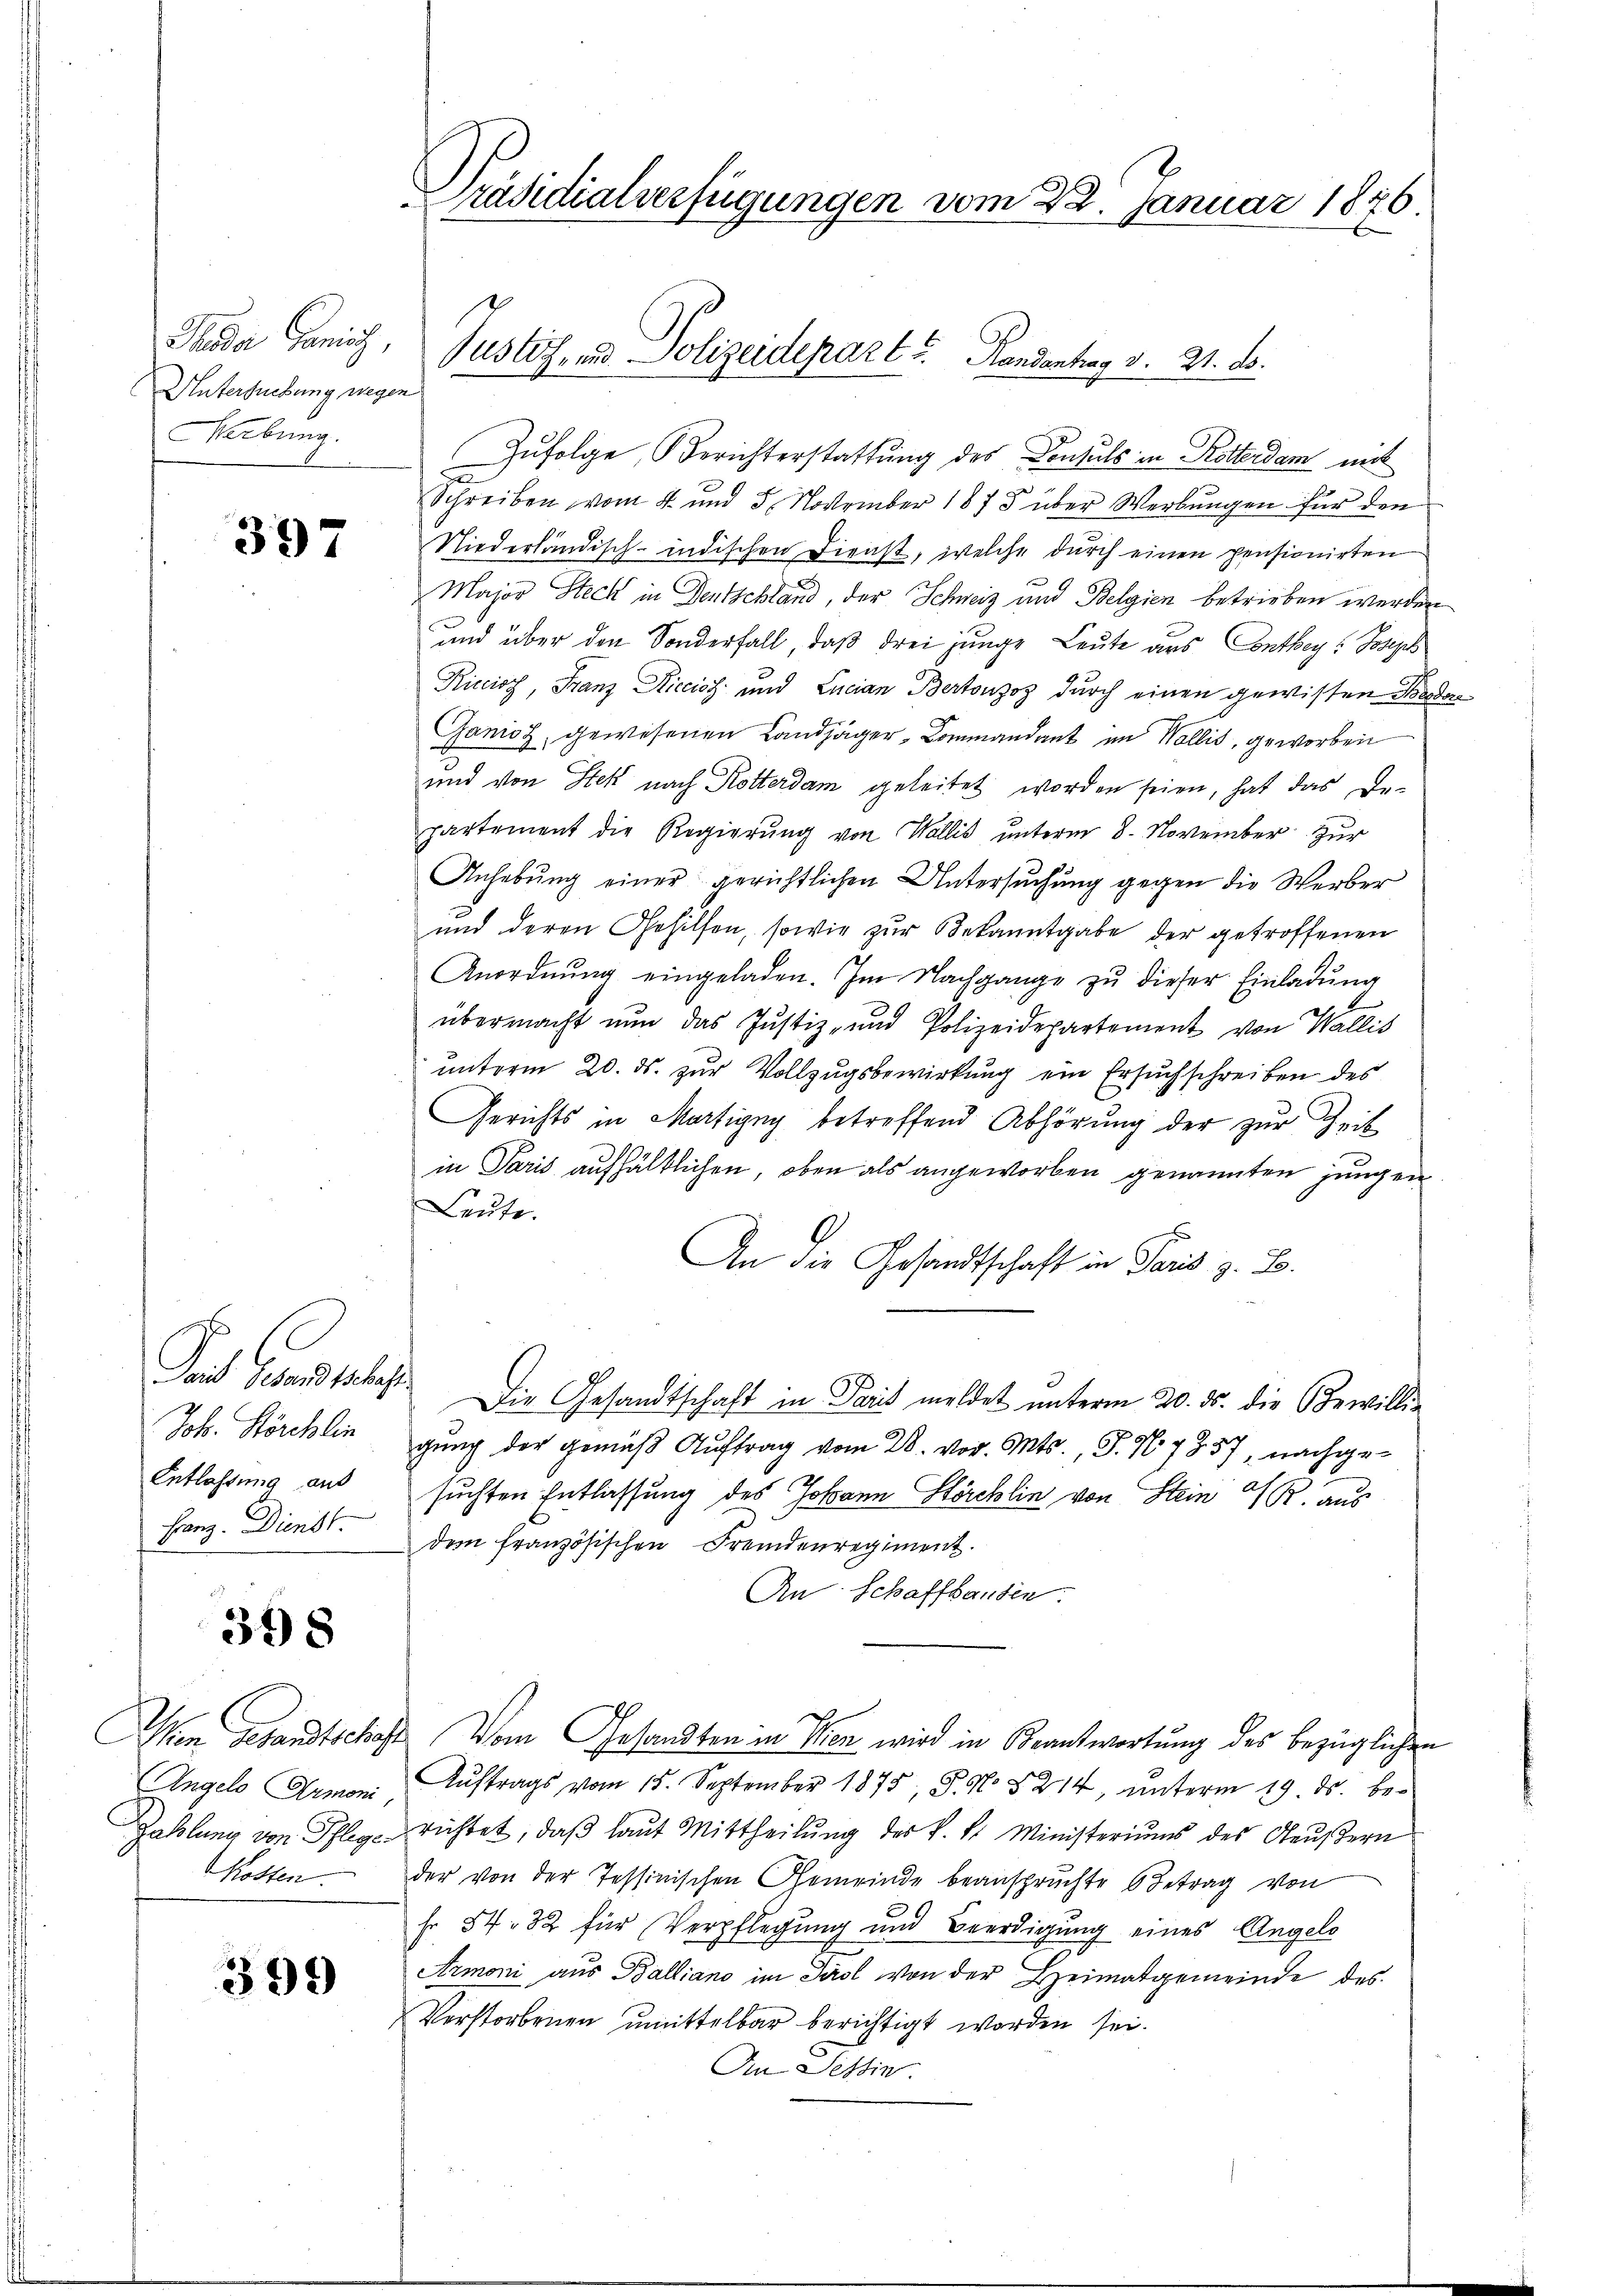
Thoda Janisch,
Untersuchung wegen
Merbung.

397

Joh. Störchlin
Entlassung aus
Hanz. Dienst.

398

Kosten.

399

Zufolge, Berichterstattung des Consuls in Rotterdam mit
Schreiben vom 4. und 5. November 1875 über Werbungen für den
Niederländisch-indischen Dienst, welche durch einen pensionirten
Major Steck in Deutschland, der Schweiz und Belgien betrieben werden
und über den Sonderfall, daß drei junge Leute aus Conthey, Joseph
Riccios, Franz Riccios und Lucian Bertonzoz durch einen gewissen Ber
Ganioz, gewesenen Landjäger-Commandant im Wallis, geworben
und von Stek nach Rotterdam geleitet worden seien, hat das Departement die Regierung von Wallis unterm 8. November zur
Anhebung einer gerichtlichen Untersuchung gegen die Werber
und deren Gehilfen, sowie zur Bekanntgabe der getroffenen
Anordnŭng eingeladen. Im Nachgange zŭ dieser Einladŭng
übermacht nun das Justiz- und Polizeidepartement von Wallis
unterm 20. ds. zur Vollzugsbewirkung ein Ersuchschreiben des
Gerichts in Martigny betreffend Abhörung der zur Zeit
in Paris aufhältlichen, oben als angeworben genannten jungen
Leute.
An die Gesandtschaft in Paris z. B.
Said Gesandtschaft. Die Gesandtschaft in Paris meldet unterm 20. ds. die Bewilligung der gemäß Auftrag vom 28. vor. Mts., P. Nr. 1857, nachgesuchten Entlassung des Johann Störchlin von Stein PR. aus
dem französischen Fremdenregiment.
An Schaffhausen.
Den Gesandtschaft Vom Gesandten in Wien wird in Beantwortung des bezüglichen
Engelo Ormoni Aŭftrags vom 15. September 1875, S. N. § 214, ŭnterm 19. ds. be¬
Zahlung von Pflegerichtet, daß laut Mittheilung des k. k. Ministeriums des Aeußern
der von der Tessinischen Gemeinde beanspruchte 6 Betrag von
fr. 54. 32 für Verpflegung und Beerdigung eines Angelo
Armoni aus Balliano im Tirol von der Heimatgemeinde des
Verstorbenen umittelbar berichtigt worden sei.
An Tessin.

Präsidialverfügungen vom 22. Januar 1876.

Justiz- und Polizeidepart u. Handentrag v. 21. ds.